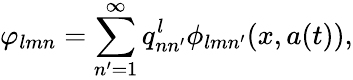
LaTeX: \varphi_{lmn}=\sum_{n^{\prime}=1}^{\infty}q_{nn^{\prime}}^{l}\phi_{lmn^{\prime}}(x,a(t)),